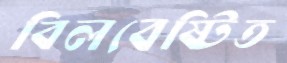
বিলবেষ্টিত